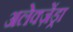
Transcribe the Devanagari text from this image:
अलेक्ज़ेंड्रा